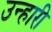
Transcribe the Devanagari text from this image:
उन्हारी